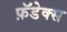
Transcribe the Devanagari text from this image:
फ़ॅडेक्स